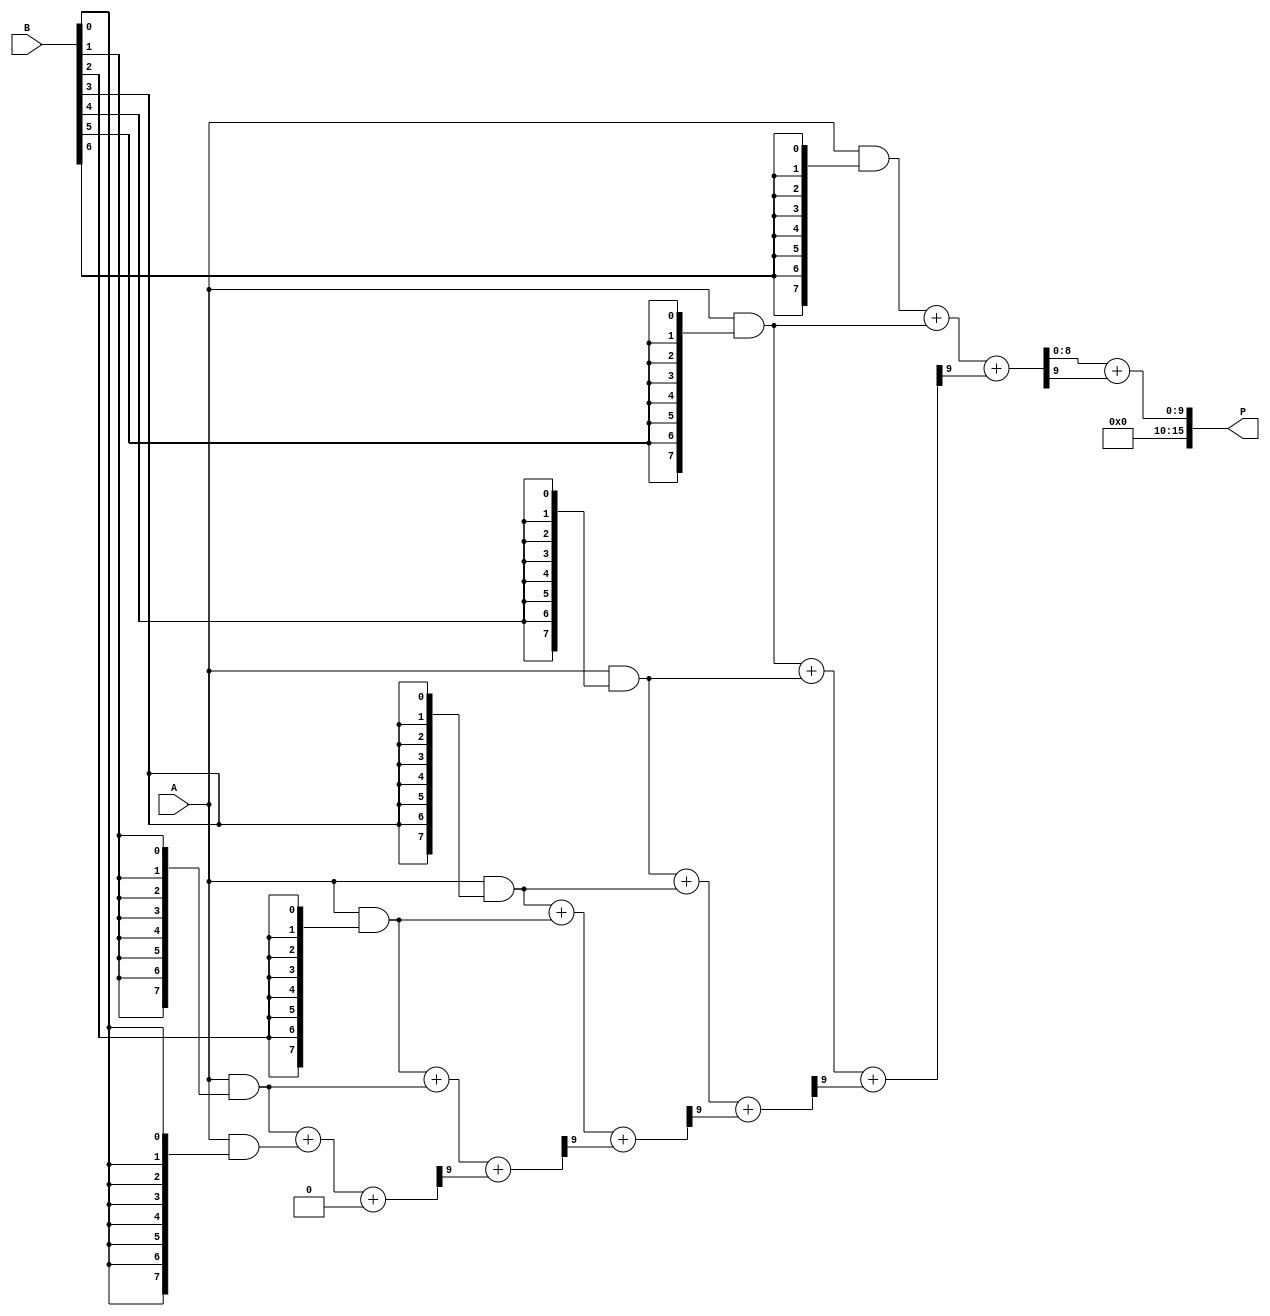
module adaptive_wallace_tree_multiplier #(parameter N = 8) (
    input wire [N-1:0] A,  // Multiplicand
    input wire [N-1:0] B,  // Multiplier
    output wire [2*N-1:0] P // Product
);

    // Partial Product Generation
    wire [N-1:0] pp [0:N-1]; // Partial products
    genvar i, j;
    generate
        for (i = 0; i < N; i = i + 1) begin : partial_product_gen
            assign pp[i] = A & {N{B[i]}};
        end
    endgenerate

    // Wallace Tree Reduction
    wire [N:0] sum [0:N-1]; // Sums and carries
    wire [N-1:0] carry [0:N-1];

    // Initial stage: direct assignment of partial products
    assign sum[0] = pp[0];
    assign carry[0] = 0;

    // Reduction stages
    generate
        for (j = 1; j < N; j = j + 1) begin : reduction_stage
            if (j < N-1) begin
                assign {carry[j], sum[j]} = pp[j] + pp[j-1] + carry[j-1];
            end else begin
                assign {carry[j], sum[j]} = sum[j-1] + carry[j-1];
            end
        end
    endgenerate

    // Final addition
    wire [2*N-1:0] final_sum;
    assign final_sum = {carry[N-1], sum[N-1]};
    assign P = final_sum;

endmodule